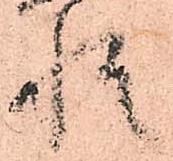
惶